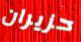
حزيران